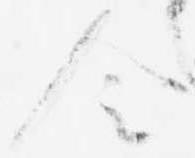
令